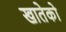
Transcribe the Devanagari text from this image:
खातेको